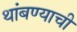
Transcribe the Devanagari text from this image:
थांबण्याची